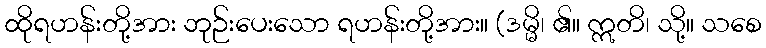
ထိုရဟန်းတို့အား ဘုဉ်းပေးသော ရဟန်းတို့အား။ (ဒမ္မိ၊ ၏။ ဣတိ၊ သို့။ သစေ